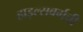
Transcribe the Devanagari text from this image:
हाइल्सबर्गची